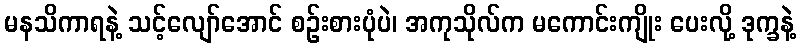
မနသိကာရနဲ့ သင့်လျော်အောင် စဉ်းစားပုံပဲ၊ အကုသိုလ်က မကောင်းကျိုး ပေးလို့ ဒုက္ခနဲ့